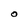
Character: O